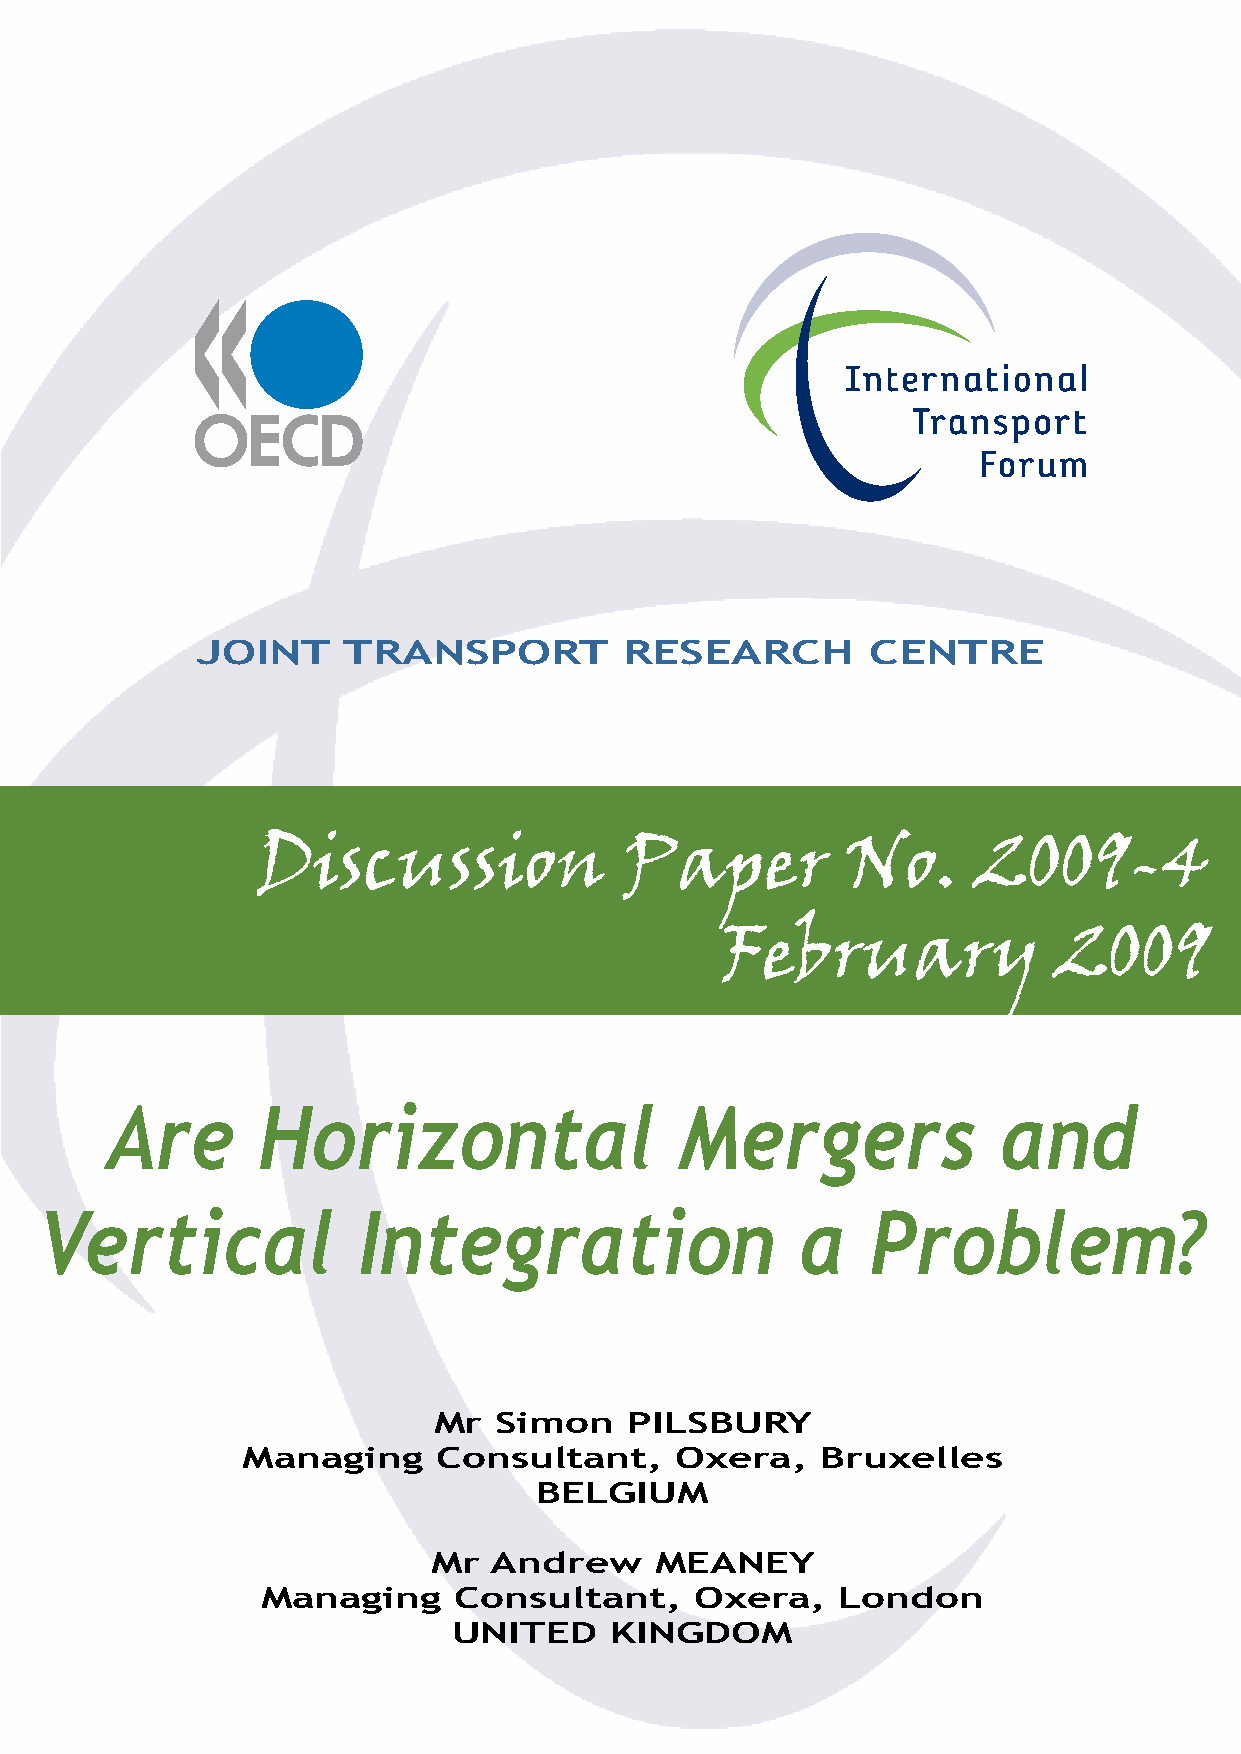
JOINT     TRANSPORT         RESEARCH        CENTRE
 Discussion              Paper          No.      2009-4
 February              2009
 Are       Horizontal                  Mergers              and
 Vertical              Integration                  a    Problem?
 Mr  Simon    PILSBURY
 Managing     Consultant,     Oxera,   Bruxelles
 BELGIUM
 Mr  Andrew     MEANEY
 Managing     Consultant,     Oxera,   London
 UNITED    KINGDOM